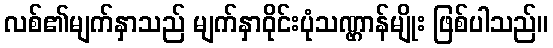
လစ်၏မျက်နှာသည် မျက်နှာဝိုင်းပုံသဏ္ဌာန်မျိုး ဖြစ်ပါသည်။